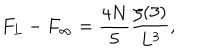
F _ { L } - F _ { \infty } = { \frac { 4 N } { 5 } } { \frac { \zeta ( 3 ) } { L ^ { 3 } } } ,